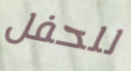
للحفل